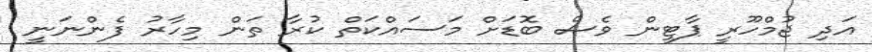
އަދި ޖުމްހޫރީ ޕާޓީން ވެސް ބޮޑަށް މަސައްކަތް ކުރާ ތަން މިހާރު ފެންނަނީ